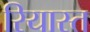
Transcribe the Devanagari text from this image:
रियास्त